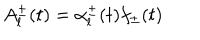
A _ { l } ^ { \pm } ( t ) = \alpha _ { l } ^ { \pm } ( t ) f _ { \pm } ( t ) \nonumber